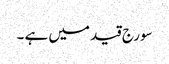
سورج قید میں ہے ۔